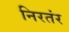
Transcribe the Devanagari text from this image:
निरतंर